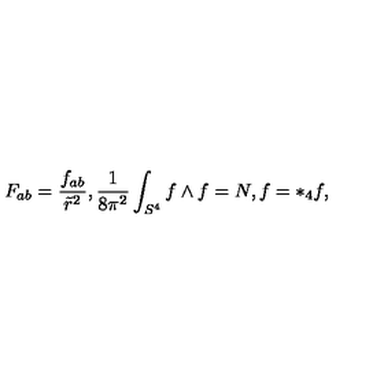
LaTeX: F _ { a b } = \frac { f _ { a b } } { \tilde { r } ^ { 2 } } , \frac { 1 } { 8 \pi ^ { 2 } } \int _ { S ^ { 4 } } f \wedge f = N , f = * _ { 4 } f ,